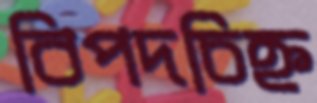
বিপদচিহ্ন